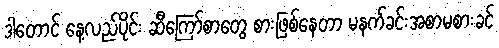
ဒါတောင် နေ့လည်ပိုင်း ဆီကြော်စာတွေ စားဖြစ်နေတာ မနက်ခင်းအစာမစားခင်